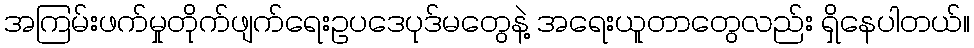
အကြမ်းဖက်မှုတိုက်ဖျက်ရေးဥပဒေပုဒ်မတွေနဲ့ အရေးယူတာတွေလည်း ရှိနေပါတယ်။